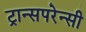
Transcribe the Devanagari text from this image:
ट्रान्सपरेन्सी